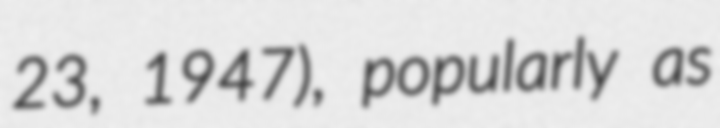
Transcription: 23, 1947), popularly as